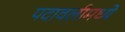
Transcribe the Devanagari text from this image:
पदावलीमध्ये